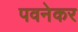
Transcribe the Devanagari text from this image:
पवनेकर